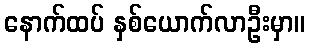
နောက်ထပ် နှစ်ယောက်လာဦးမှာ။